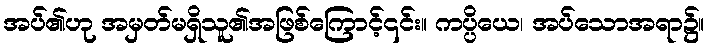
အပ်၏ဟု အမှတ်မရှိသူ၏အဖြစ်ကြောင့်၎င်း။ ကပ္ပိယေ၊ အပ်သောအရာ၌။